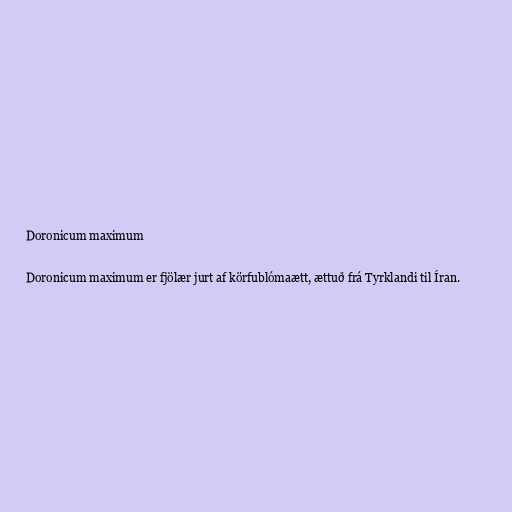
Doronicum maximum

Doronicum maximum er fjölær jurt af körfublómaætt, ættuð frá Tyrklandi til Íran.